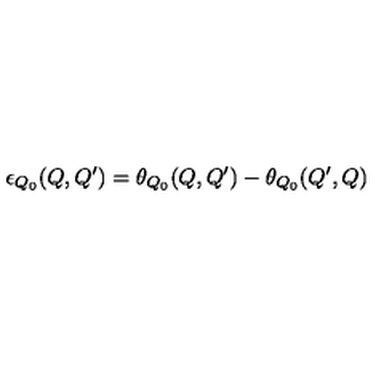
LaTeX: \epsilon _ { Q _ { 0 } } ( Q , Q ^ { \prime } ) = \theta _ { Q _ { 0 } } ( Q , Q ^ { \prime } ) - \theta _ { Q _ { 0 } } ( Q ^ { \prime } , Q )